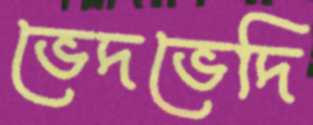
ভেদভেদি